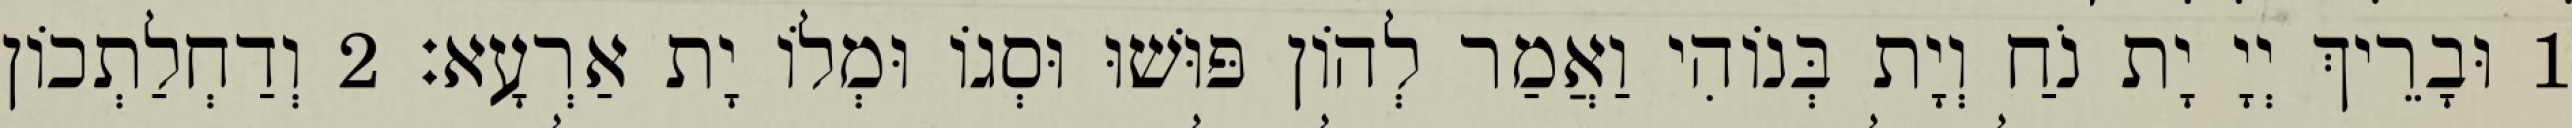
1 וּבָרֵיךְ יְיָ יָת נֹחַ וְיָת בְּנוֹהִי וַאֲמַר לְהוֹן פּוּשׁוּ וּסְגוֹ וּמְלוֹ יָת אַרְעָא׃ 2 וְדַחְלַתְכוֹן